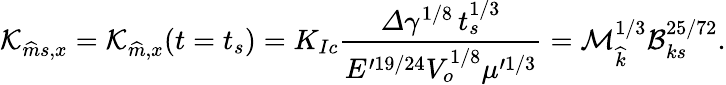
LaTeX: \mathcal{K}_{\widehat{m}s,x}=\mathcal{K}_{\widehat{m},x}(t=t_{s})=K_{Ic}\frac{\varDelta\gamma^{1/8}\, t_{s}^{1/3}}{E^{\prime 19/24}V_{o}^{1/8}\mu^{\prime 1/3}}=\mathcal{M}_{\widehat{k}}^{1/3}\mathcal{B}_{ks}^{25/72}.